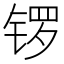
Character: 锣